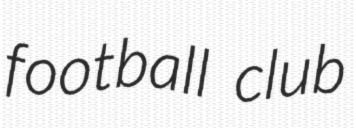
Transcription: football club